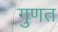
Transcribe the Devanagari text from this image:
गुणत